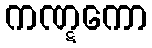
ကဏ္ဋကော